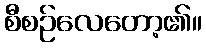
စီစဉ်လေတော့၏။